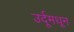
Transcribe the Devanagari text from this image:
उर्दूमधून